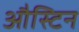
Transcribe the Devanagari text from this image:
औस्टिन